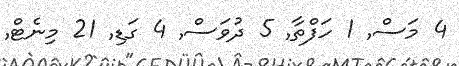
4 މަސް